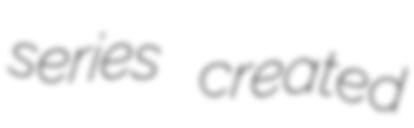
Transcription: series created